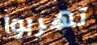
تهربوا